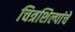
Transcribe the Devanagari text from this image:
चित्रशिल्पांचे